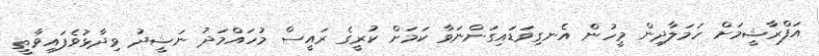
އަފްރާޝީމަށް ހަމަލާދިން މީހުން އެނގިވަޑައިގަންނަވާ ކަމަށް ކުރީގެ ރައީސް މުހައްމަދު ނަޝީދު ވިދާޅުވެފައިވާތީ